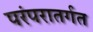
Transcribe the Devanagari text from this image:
परंपरातर्गत